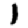
Digit: 1